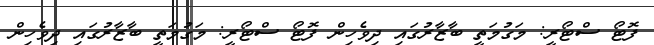
ފޮޓޯ ސްޓޯރީ: މަގުމަތީ ބާޒާރުގައި ދިވެހިން ފޮޓޯ ސްޓޯރީ: މަގުމަތީ ބާޒާރުގައި ދިވެހިން